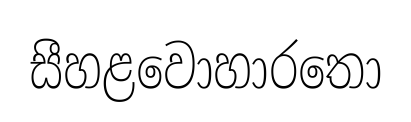
සීහළවොහාරතො